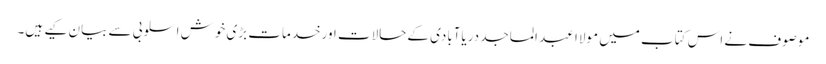
موصوف نے اس کتاب میں مولاا عبد الماجد دریاآبادی کےحالات اورخدمات بڑی خوش اسلوبی سے بیان کیے ہیں۔